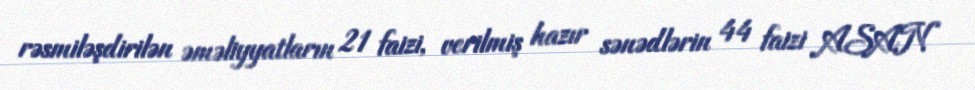
rəsmiləşdirilən əməliyyatların 21 faizi, verilmiş hazır sənədlərin 44 faizi ASAN